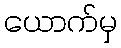
ယောက်မှ